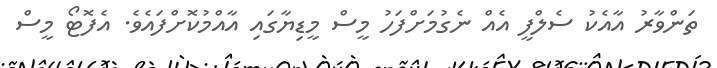
ތަންވާރު އާއެކު ސެލްފީ އެއް ނެގުމަށްފަހު މީސް މީޑިޔާގައި އާއްމުކޮށްފައެވެ. އެފޮޓޯ މީސް